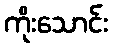
ကိုးသောင်း